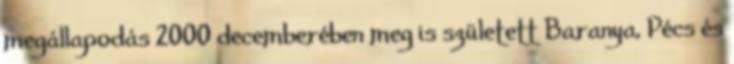
megállapodás 2000 decemberében meg is született Baranya, Pécs és